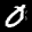
Label: 0